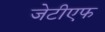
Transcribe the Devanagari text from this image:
जेटीएफ